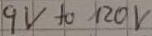
Text: 9V to 120V